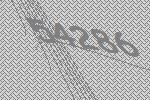
54286